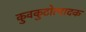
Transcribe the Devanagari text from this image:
कुवकुटोत्पादक